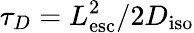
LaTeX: \tau_{D}=L_{\mathrm{esc}}^{2}/2D_{\mathrm{iso}}